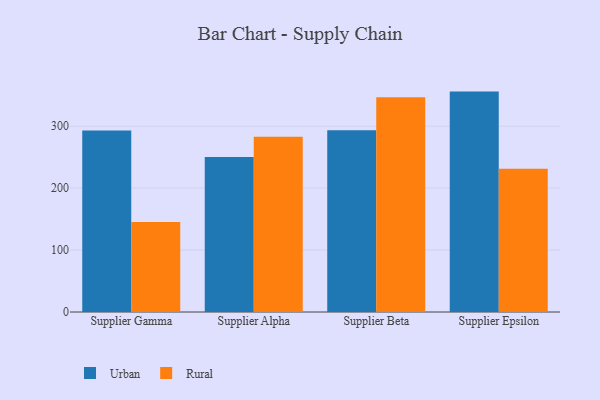
{"axis": {"x": "Supplier", "y": "Inventory Turnover"}, "legend": ["Rural", "Urban"], "data": [{"x": "Supplier Gamma", "y": 292.9, "type": "Urban"}, {"x": "Supplier Gamma", "y": 145.2, "type": "Rural"}, {"x": "Supplier Alpha", "y": 250.2, "type": "Urban"}, {"x": "Supplier Alpha", "y": 283.1, "type": "Rural"}, {"x": "Supplier Beta", "y": 293.5, "type": "Urban"}, {"x": "Supplier Beta", "y": 346.7, "type": "Rural"}, {"x": "Supplier Epsilon", "y": 355.9, "type": "Urban"}, {"x": "Supplier Epsilon", "y": 231.3, "type": "Rural"}]}